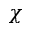
\chi